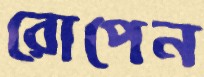
রোপেন